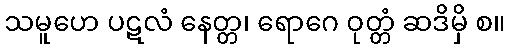
သမူဟေ ပဋလံ နေတ္တ၊ ရောဂေ ဝုတ္တံ ဆဒိမှိ စ။